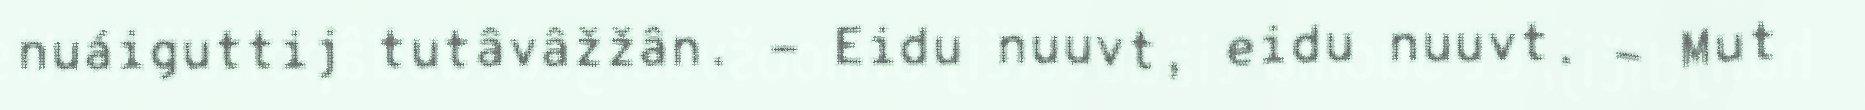
nuáiguttij tutâvâžžân. - Eidu nuuvt, eidu nuuvt. - Mut